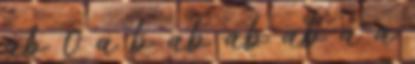
ab 0 a b ab ab ab a a